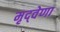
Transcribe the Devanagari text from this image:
मृद्‌वेणा